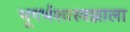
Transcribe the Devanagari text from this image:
भूगर्भशास्त्रज्ञाला